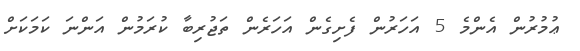
ޢުމުރުން އެންމެ 5 އަހަރުން ފެށިގެން އަހަރެން ތަޖުރިބާ ކުރަމުން އަންނަ ކަމަކަށް